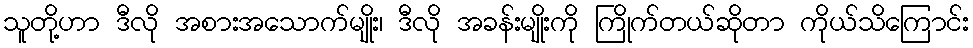
သူတို့ဟာ ဒီလို အစားအသောက်မျိုး၊ ဒီလို အခန်းမျိုးကို ကြိုက်တယ်ဆိုတာ ကိုယ်သိကြောင်း